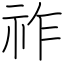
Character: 祚